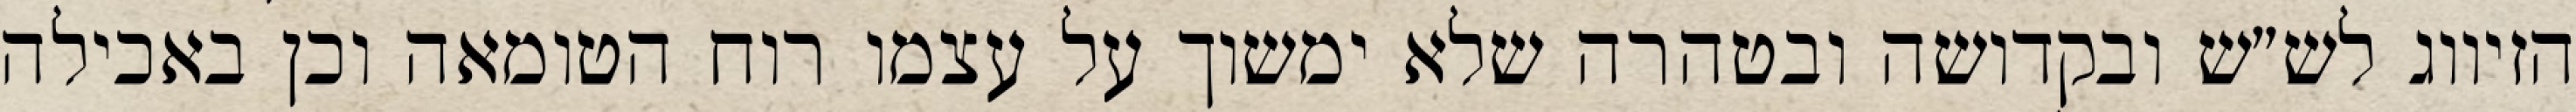
הזיווג לש״ש ובקדושה ובטהרה שלא ימשוך על עצמו רוח הטומאה וכן באכילה